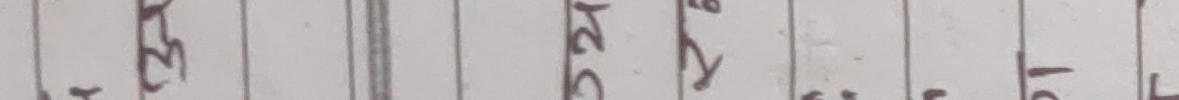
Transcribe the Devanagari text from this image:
छुटि या